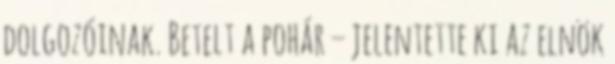
dolgozóinak. Betelt a pohár – jelentette ki az elnök